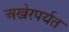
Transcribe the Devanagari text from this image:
अखेरपर्यत